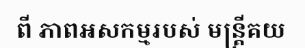
ពី ភាពអសកម្មរបស់ មន្ត្រីគយ